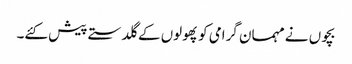
بچوں نے مہمان گرامی کو پھولوں کے گلدستے پیش کئے۔